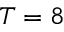
T = 8